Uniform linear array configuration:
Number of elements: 24
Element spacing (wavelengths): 1
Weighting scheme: hann
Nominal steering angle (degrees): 60
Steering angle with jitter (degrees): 58.845
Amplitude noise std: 0.05
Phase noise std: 0.05

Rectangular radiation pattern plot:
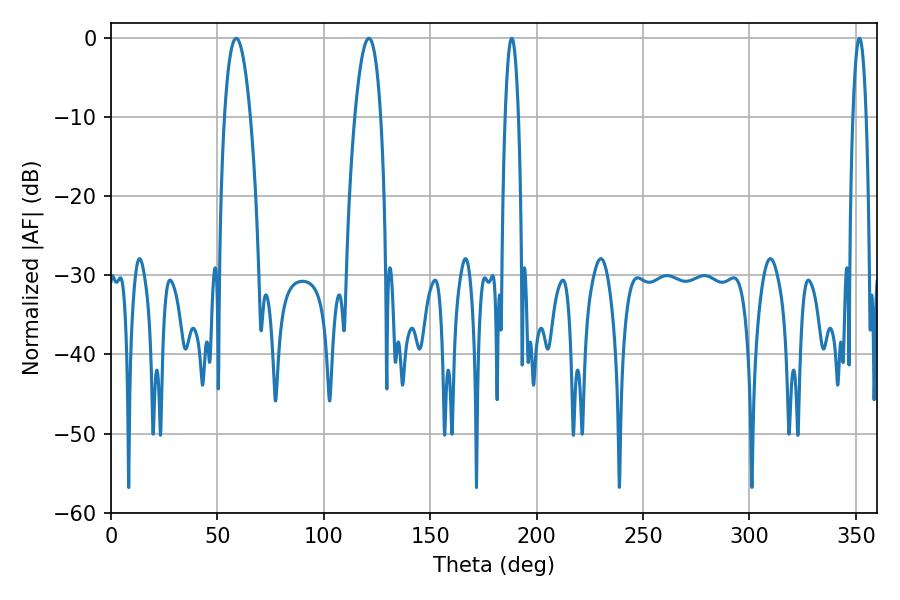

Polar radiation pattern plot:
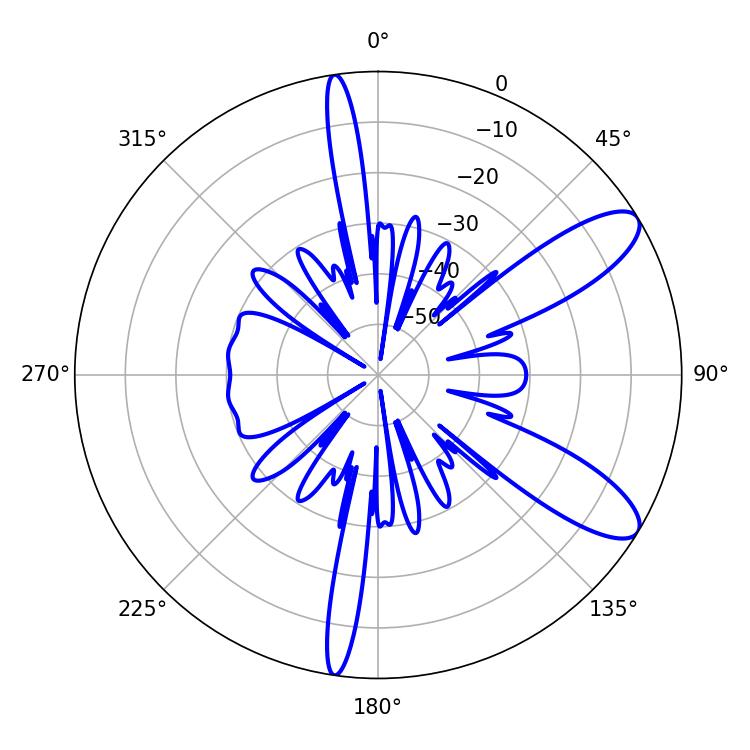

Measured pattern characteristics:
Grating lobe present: TRUE
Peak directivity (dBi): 10.061
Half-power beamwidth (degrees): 6.84
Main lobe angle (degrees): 58.86